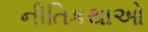
નીતિકથાઓ